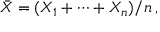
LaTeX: { \bar { X } } = ( X _ { 1 } + \cdots + X _ { n } ) / n \, ,